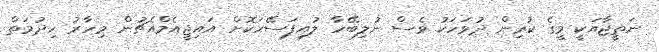
ނަތީޖާއަކީ މީގެ ކުރިން ދުވަހަކު ވެސް ނުލިބޭހާ ލުއިފަސޭހަކޮށް އައިޖީއެމްއެޗުން މިހާރު ހިދުމަތް